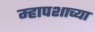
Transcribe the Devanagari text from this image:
म्हापशाच्या